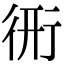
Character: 𧗦